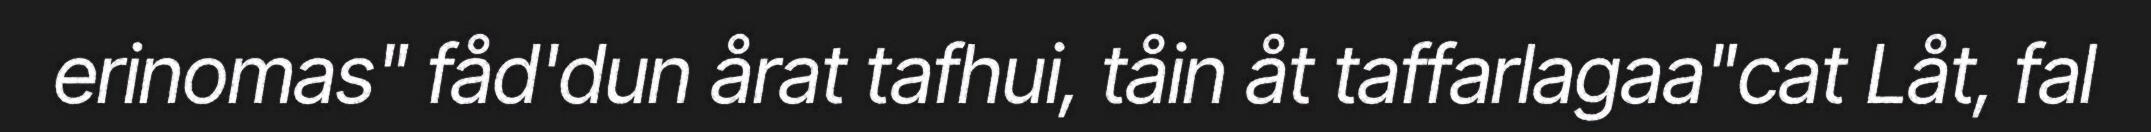
erinomas" fåd'dun årat tafhui, tåin åt taffarlagaa"cat Låt, fal